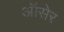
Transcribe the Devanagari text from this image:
ऑसेर